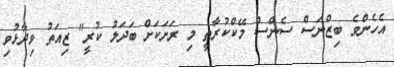
އެހެންވެ ބިޒްނަސް ސެންސް މޭކްކުރާތީ މި ރަށަކަށް ބަދަލު ކުރީ" ޒިއަތު ވިދާޅުވި